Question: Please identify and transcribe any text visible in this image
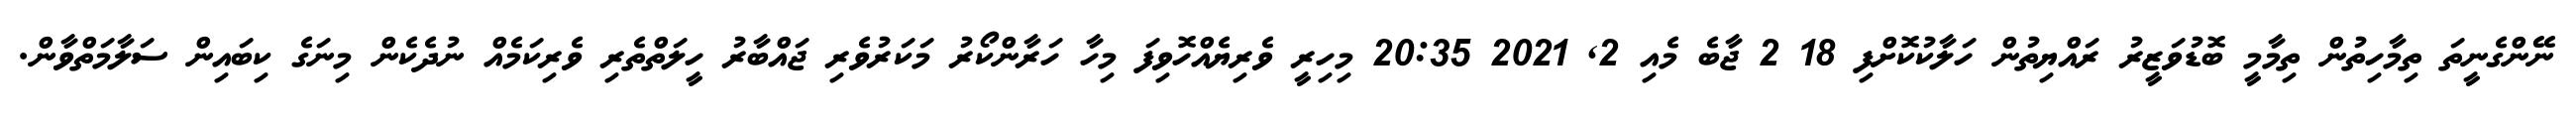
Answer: ނޭންގެނީތަ ތިމާހިތުން ތިމާމީ ބޮޑުވަޒީރު ރައްޔިތުން ހަލާކުކޮށްފި 18 2 ޖާބެ މެއި 2, 2021 20:35 މިހިރީ ވެރިޔެއްހޮވިފަ މިހާ ހަރާންކޯރު މަކަރުވެރި ޖައްބާރު ހީލަތްތެރި ވެރިކަމެއް ނުދެކެން މިނަގެ ކިބައިން ސަލާމަތްވާން.